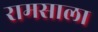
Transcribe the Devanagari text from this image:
रामसाला